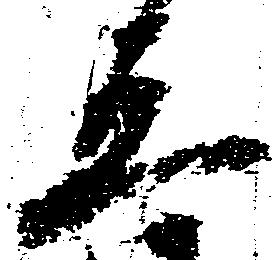
五